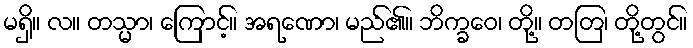
မရှိ။ လ။ တသ္မာ၊ ကြောင့်။ အရဏော၊ မည်၏။ ဘိက္ခဝေ၊ တို့။ တတြ၊ တို့တွင်။